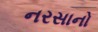
નરસાનો